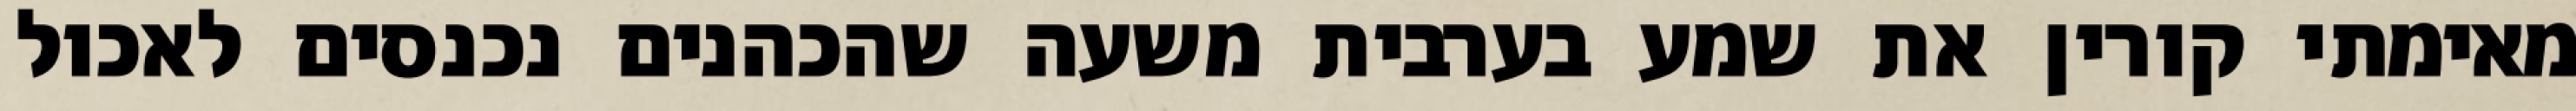
מאימתי קורין את שמע בערבית משעה שהכהנים נכנסים לאכול